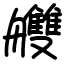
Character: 艭